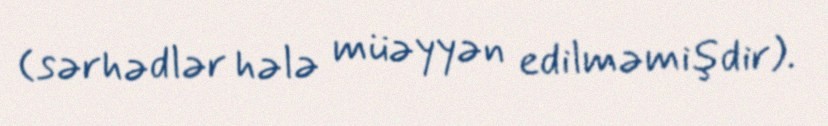
(sərhədlər hələ müəyyən edilməmişdir).